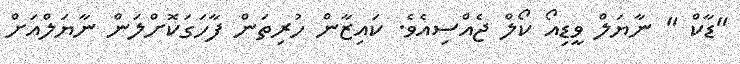
"ޑާކް " ނާޔަލް ވީޑިއޯ ކޯލް ޖެއްސިއެވެ. ކައިޒާން ހުރިތަން ފާހަގަކޮށްލަން ނާޔަލްއަށް